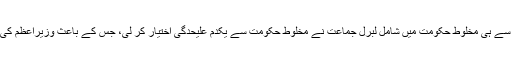
فرنچ اور فلیمش زبانوں کے تنازعے کی وجہ سے ہی مخلوط حکومت میں شامل لبرل جماعت نے مخلوط حکومت سے یکدم علیحدگی اختیار کر لی، جس کے باعث وزیراعظم کی پارلیمان میں واضح اکثریت بھی باقی نہ رہی۔